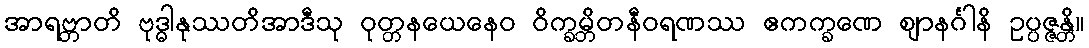
အာရဗ္ဘာတိ ဗုဒ္ဓါနုဿတိအာဒီသု ဝုတ္တနယေနေဝ ဝိက္ခမ္ဘိတနီဝရဏဿ ဧကက္ခဏေ ဈာနင်္ဂါနိ ဥပ္ပဇ္ဇန္တိ။